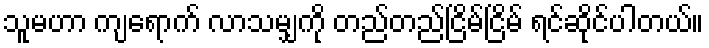
သူမဟာ ကျရောက် လာသမျှကို တည်တည်ငြိမ်ငြိမ် ရင်ဆိုင်ပါတယ်။